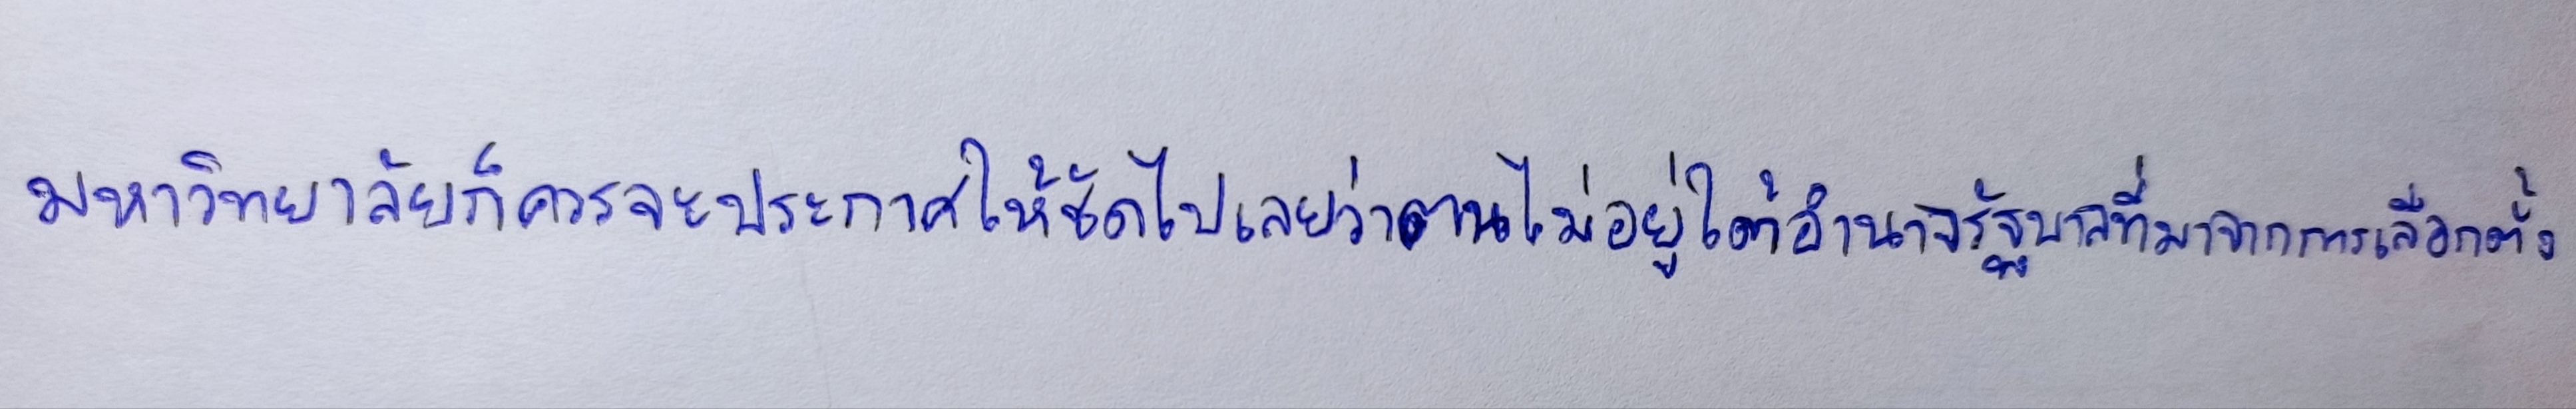
มหาวิทยาลัยก็ควรจะประกาศให้ชัดไปเลยว่าตนไม่อยู่ใต้อำนาจรัฐบาลที่มาจากการเลือกตั้ง